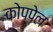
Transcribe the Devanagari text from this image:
कोप्पेल